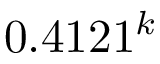
0 . 4 1 2 1 ^ { k }